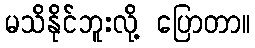
မသိနိုင်ဘူးလို့ ပြောတာ။